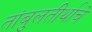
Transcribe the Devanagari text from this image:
तांबुलतीर्थाचे